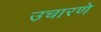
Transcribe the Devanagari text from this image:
उचारणे